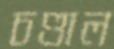
চণ্ডাল